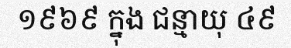
១៩៦៩ ក្នុង ជន្មាយុ ៤៩